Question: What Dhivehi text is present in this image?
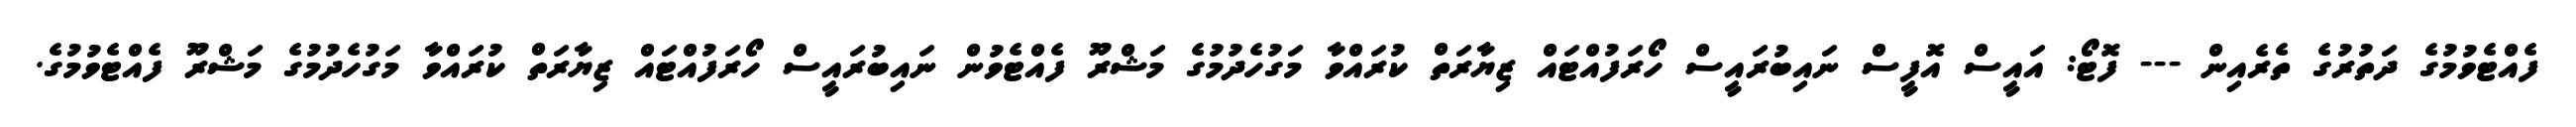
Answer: ފެއްޓެވުމުގެ ދަތުރުގެ ތެރެއިން --- ފޮޓޯ: އައީސް އޮފީސް ނައިބުރައީސް ހޯރަފުއްޓައް ޒިޔާރަތް ކުރައްވާ މަގުހެދުމުގެ މަޝްރޫ ފެއްޓެވުން ނައިބުރައީސް ހޯރަފުއްޓައް ޒިޔާރަތް ކުރައްވާ މަގުހެދުމުގެ މަޝްރޫ ފެއްޓެވުމުގެ.